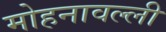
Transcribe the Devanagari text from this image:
मोहनावल्ली